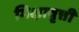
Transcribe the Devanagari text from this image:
भिक्षावृत्ती